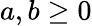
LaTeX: a,b\geq 0